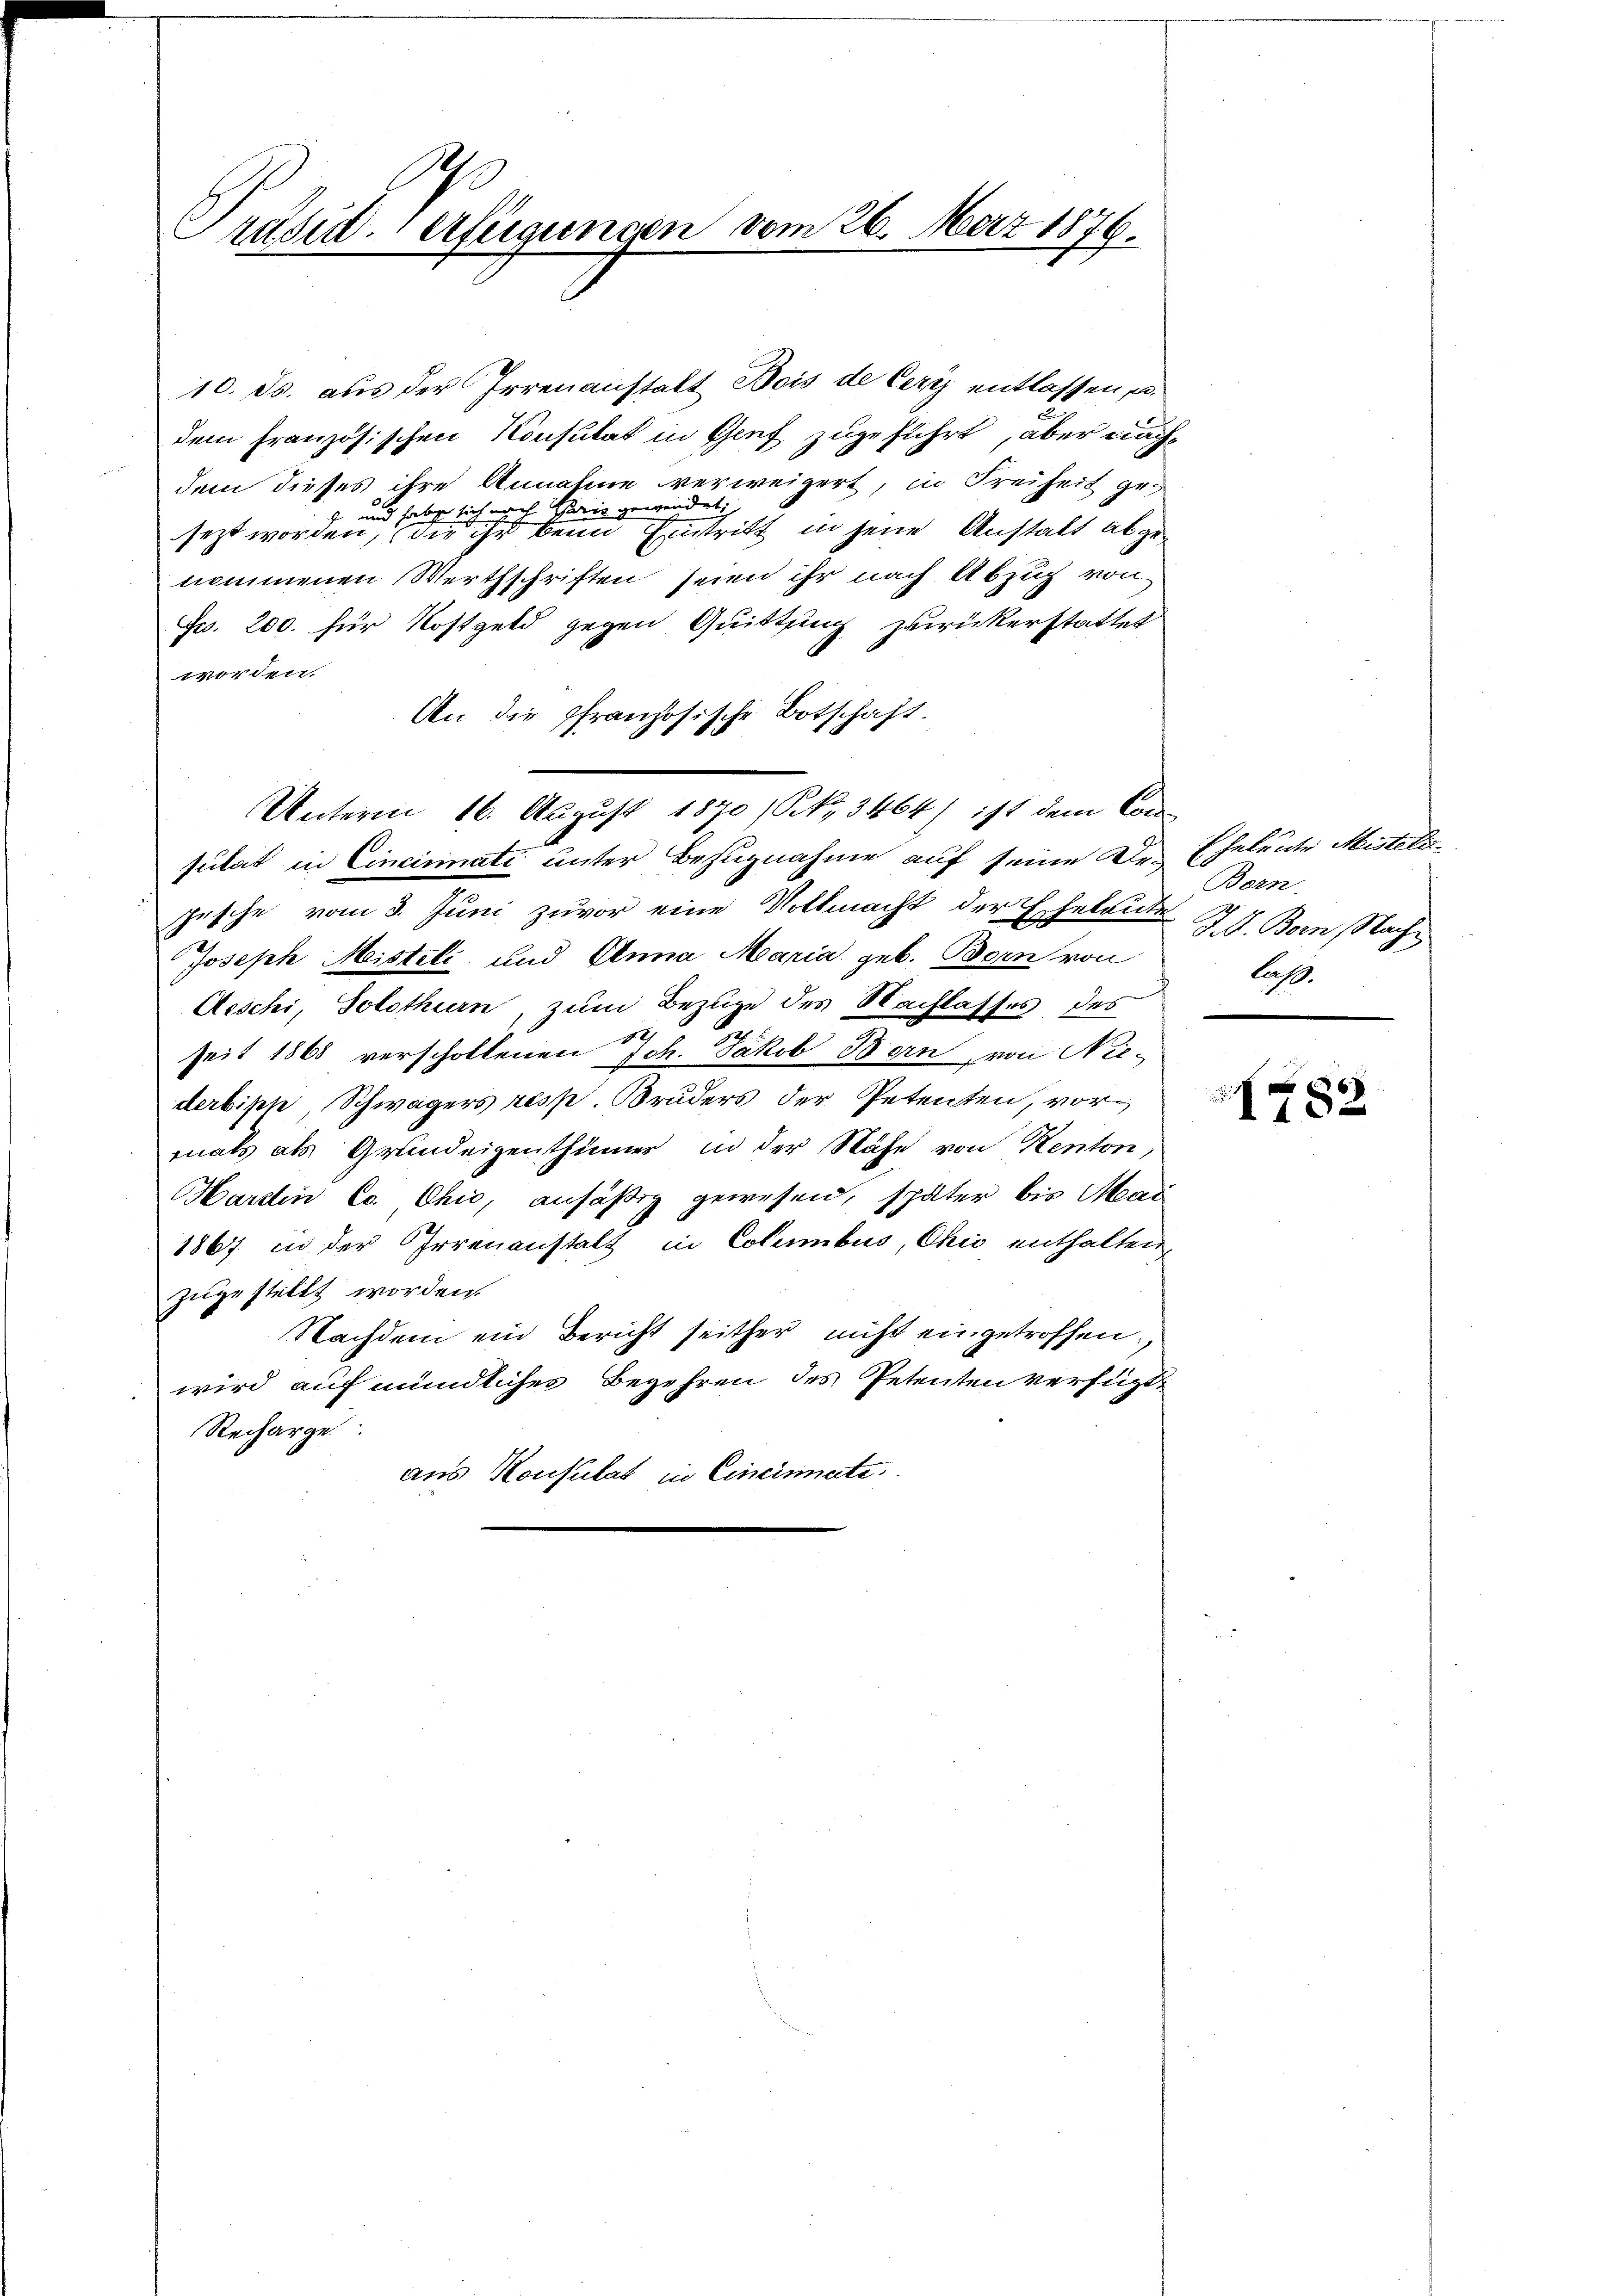
I.
Präsiderfügungen vom 26. März 1876.

10. ds. aus der Irrenanstatt Bois de Certz entlassen, u.
dem französischen Konsulat in Genf zugeführt, aber nachdem dieses ihre Annahme verweigert, in Freiheit ge¬
und habe sich nach Paris gewendet,
sezt worden, die ihr beim Eintritt in jene Anstalt abgenommenen Werthschriften seien ihr nach Abzug von
Fr. 200. für Kostgeld gegen Quittung zurückerstattet
worden.
An die französische Botschaft.
sulat in Cincinati unter Bezugnahme auf seine Dr. Eheleute Mistelipische vom 3. Juni zuvor eine Vollmacht der Eheleute IV. Bern, Nach¬
Joseph Meisteti und Anna Maria geb. Bern von
Aeschi, Solothurn, zum Bezuge des Nachlasses des
seit 1868 verscholtenen Joh. Jakob Born, von Nie-
derbische, Schwägers resp. Bruders der Petenten, vormals als Grundeigenthümer in der Nähe von Kenton,
Hartin C. Chio, ansäßig gewesen, später bis Mai
1867 in der Irrenanstalt in Columbus, Ohio enthalten,
zugestellt worden.
Nachdem ein Bericht seither nicht eingetroffen,
wird auf mündliches Begehren des Petenten verfügt,
Recharge
aus Konsulat in Cincismate

Unterm 16. August 1870 (S. 3464) ist dem Con¬

Bern.
laß.
—

.
N782